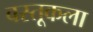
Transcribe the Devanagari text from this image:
वस्तूकला